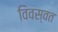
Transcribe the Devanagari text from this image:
विवस्वत